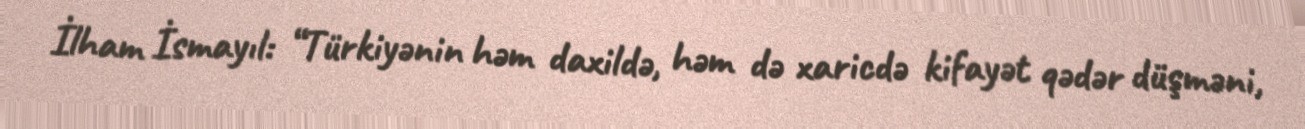
İlham İsmayıl: “Türkiyənin həm daxildə, həm də xaricdə kifayət qədər düşməni,